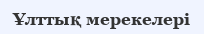
Ұлттық мерекелері